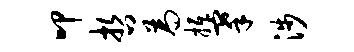
叩哲为抵搴涉